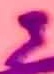
Text: 3